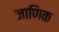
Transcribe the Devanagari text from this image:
जाणिक